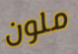
ملون